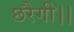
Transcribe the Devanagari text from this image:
छरैगी।।